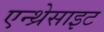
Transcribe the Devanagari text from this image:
एन्थ्रेसाइट